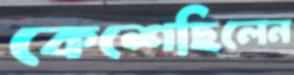
কেশেছিলেন